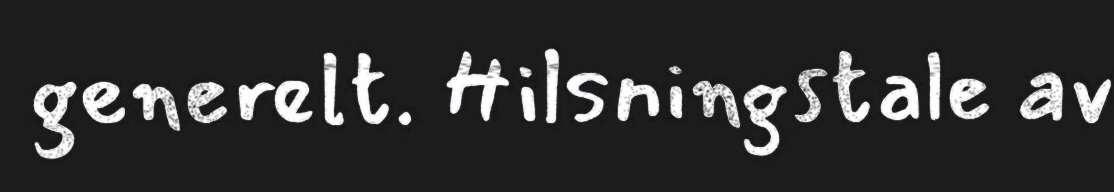
generelt. Hilsningstale av